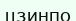
цзинпо